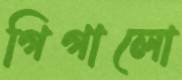
গিগালো